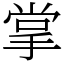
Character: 掌